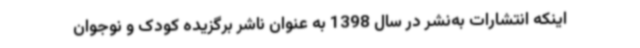
اینکه انتشارات به‌نشر در سال 1398 به عنوان ناشر برگزیده کودک و نوجوان